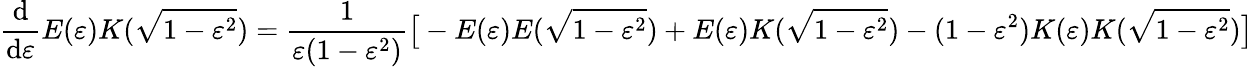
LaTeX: {\frac{\mathrm{d}}{\mathrm{d}\varepsilon}}E(\varepsilon)K({\sqrt{1-\varepsilon^{2}}})={\frac{1}{\varepsilon(1-\varepsilon^{2})}}{\bigl[}-E(\varepsilon)E({\sqrt{1-\varepsilon^{2}}})+E(\varepsilon)K({\sqrt{1-\varepsilon^{2}}})-(1-\varepsilon^{2})K(\varepsilon)K({\sqrt{1-\varepsilon^{2}}}){\bigr]}